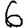
Digit: 6